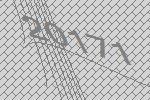
20171